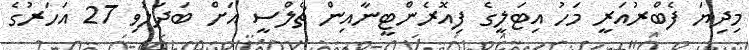
މިދިޔަ ފެބްރުއަރީ މަހު އިޓަލީގެ ފިއޮރެންޓީނާއިން ޗެލްސީ އަށް ބަދަލުވި 27 އަހަރުގެ